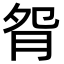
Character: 𦙵